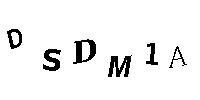
DSDM1A